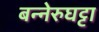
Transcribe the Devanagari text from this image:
बन्नेरुघट्टा